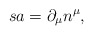
\begin{align*}sa=\partial _{\mu }n^{\mu }, \end{align*}